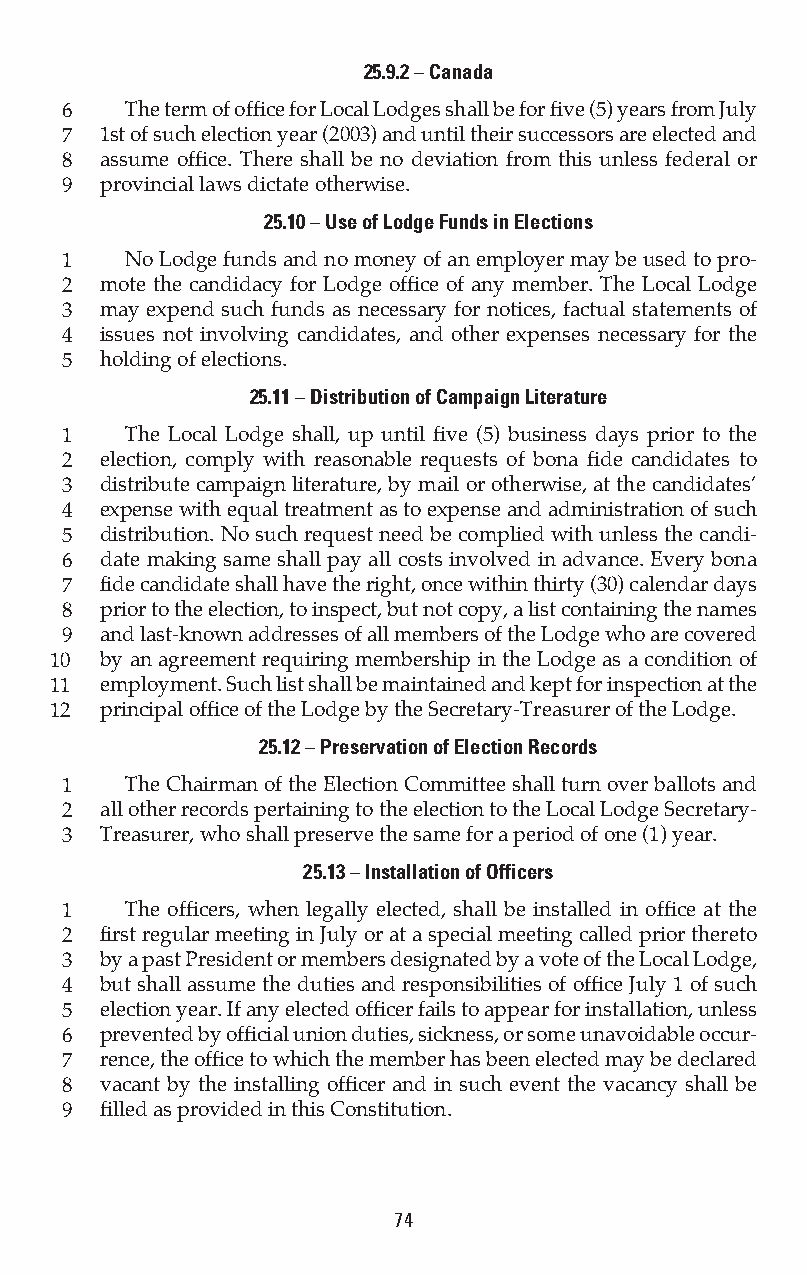
25.9.2 – Canada
 6   The term of office for Local Lodges shall be for five (5) years from July
 7  1st of such election year (2003) and until their successors are elected and
 8  assume office. There shall be no deviation from this unless federal or
 9  provincial laws dictate otherwise.
 25.10 – Use of Lodge Funds in Elections
 1   No Lodge funds and no money of an employer may be used to pro-
 2  mote the candidacy for Lodge office of any member. The Local Lodge
 3  may expend such funds as necessary for notices, factual statements of
 4  issues not involving candidates, and other expenses necessary for the
 5  holding of elections.
 25.11 – Distribution of Campaign Literature
 1   The Local Lodge shall, up until five (5) business days prior to the
 2  election, comply with reasonable requests of bona fide candidates to
 3  distribute campaign literature, by mail or otherwise, at the candidates’
 4  expense with equal treatment as to expense and administration of such
 5  distribution. No such request need be complied with unless the candi-
 6  date making same shall pay all costs involved in advance. Every bona
 7  fide candidate shall have the right, once within thirty (30) calendar days
 8  prior to the election, to inspect, but not copy, a list containing the names
 9  and last-known addresses of all members of the Lodge who are covered
 10  by an agreement requiring membership in the Lodge as a condition of
 11  employment. Such list shall be maintained and kept for inspection at the
 12  principal office of the Lodge by the Secretary-Treasurer of the Lodge.
 25.12 – Preservation of Election Records
 1   The Chairman of the Election Committee shall turn over ballots and
 2  all other records pertaining to the election to the Local Lodge Secretary-
 3  Treasurer, who shall preserve the same for a period of one (1) year.
 25.13 – Installation of Officers
 1   The officers, when legally elected, shall be installed in office at the
 2  first regular meeting in July or at a special meeting called prior thereto
 3  by a past President or members designated by a vote of the Local Lodge,
 4  but shall assume the duties and responsibilities of office July 1 of such
 5  election year. If any elected officer fails to appear for installation, unless
 6  prevented by official union duties, sickness, or some unavoidable occur-
 7  rence, the office to which the member has been elected may be declared
 8  vacant by the installing officer and in such event the vacancy shall be
 9  filled as provided in this Constitution.
 74